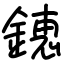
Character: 𨫍